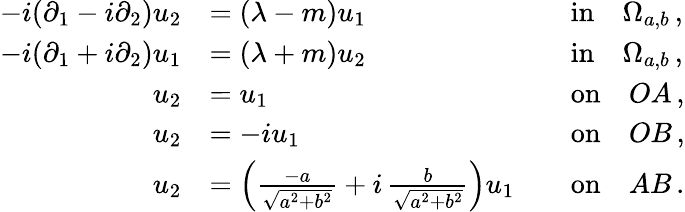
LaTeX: \begin{array}{rlrl}{-i(\partial_{1}-i\partial_{2})u_{2}}&{=(\lambda-m)u_{1}}&&{\mathrm{in}\quad\Omega_{a,b}\, ,}\\ {-i(\partial_{1}+i\partial_{2})u_{1}}&{=(\lambda+m)u_{2}}&&{\mathrm{in}\quad\Omega_{a,b}\, ,}\\ {u_{2}}&{=u_{1}}&&{\mathrm{on}\quad OA\, ,}\\ {u_{2}}&{=-iu_{1}}&&{\mathrm{on}\quad OB\, ,}\\ {u_{2}}&{=\left(\frac{-a}{\sqrt{a^{2}+b^{2}}}+i\, \frac{b}{\sqrt{a^{2}+b^{2}}}\right)u_{1}}&&{\mathrm{on}\quad AB\, .}\end{array}